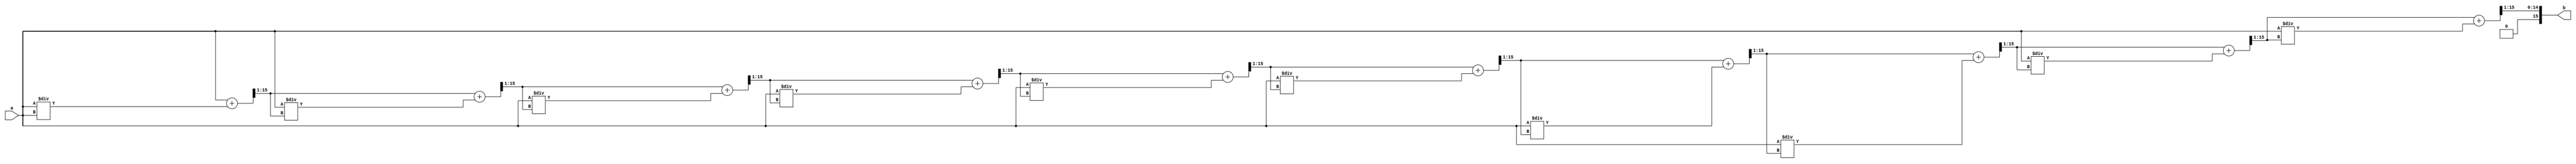
module SquareRoot (
  input [15:0] a,
  output reg [15:0] b
);
  reg [15:0] app, app1;

  always @* begin
    app = a;
    repeat(10) begin
      app1 = (app + a / app) >> 1;
      app = app1;
    end
    b = app;
  end
endmodule